Lunatic asylums Burma 1907-21 - 1907-1921
Year: 1907
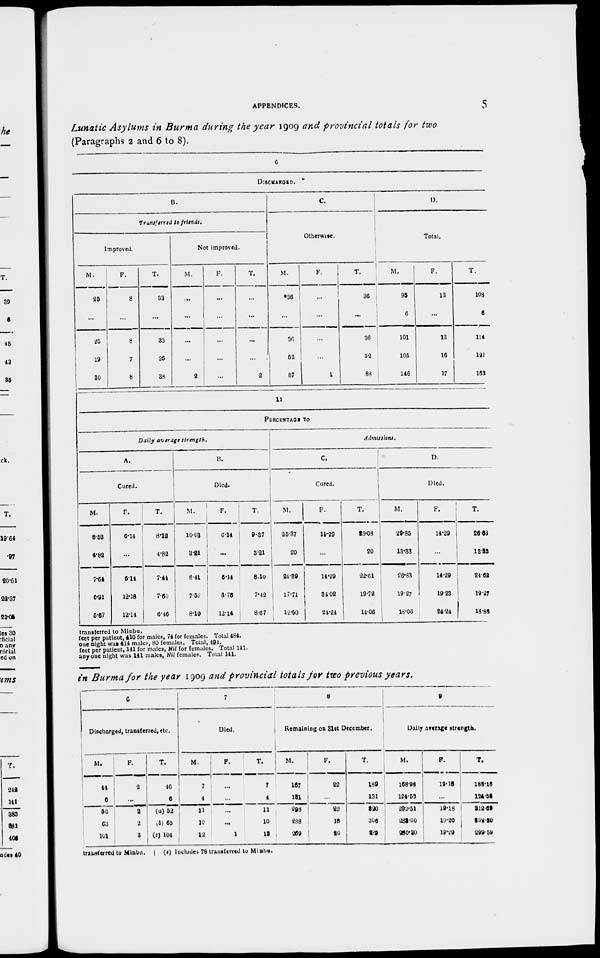
APPENDICES.
5
Lunatic Asylums in Burma during the year 1909 and provincial totals for two
(Paragraphs 2 and 6 to 8).
6
DISCHARGED.
B.
Transferred to friends.
Improved.
M.
25
...
25
19
30
F.
8
...
8
7
8
T.
33
...
33
26
38
Not improved.
M.
...
...
...
...
2
F.
...
...
...
...
...
T.
...
...
...
...
2
C.
Otherwise.
M.
*36
...
36
52
87
F.
...
...
...
...
1
T.
36
...
36
52
88
D.
Total.
M.
95
6
101
105
146
F.
13
...
13
16
17
T.
103
6
114
121
163
11
PERCENTAGE TO
Daily average strength.
A.
Cured.
M.
8.52
4.82
7.64
6.91
5.67
F.
6.14
...
6.14
12.18
12.14
T.
8.12
4.82
7.44
7.60
6.46
B.
Died.
M.
10.03
3.21
8.41
7.52
8.19
F.
6.14
...
6.14
6.76
12.14
T.
9.37
3.21
8.10
7.42
8.67
Admissions.
C.
Cured.
M.
25.37
20
24.39
17.71
12.50
F.
14.29
...
14.29
34.02
24.24
T.
23.08
20
22.61
19.72
14.06
D.
Died.
M.
29.85
13.33
26.83
19.27
18.06
F.
14.29
...
14.29
19.23
24.24
T.
26.63
13.33
24.62
19.27
18.86
transferred to Minbu.
feet per patient, 410 for males, 74 for females. Total 484.
one night was 414 males, 80 females. Total, 494.
feet per patient, 141 for males, Nil for females. Total 141.
any one night was 141 males, Nil females. Total 141.
in Burma for the year 1909 and provincial totals for two previous years.
6
Discharged, transferred, etc.
M.
44
6
50
63
101
F.
2
...
2
2
3
T.
46
6
(a) 52
(b) 65
(c) 104
7
Died.
M.
7
4
11
10
12
F.
...
...
...
...
1
T.
7
4
11
10
13
8
Remaining on 31st December.
M.
167
131
298
288
269
F.
22
...
22
18
20
T.
189
131
320
306
289
9
Daily average strength.
M.
168.98
124.53
293.51
283.00
260.30
F.
19.18
...
19.18
19.20
19.29
T.
188.16
124.56
312.59
302.20
299.59
transferred to Minbu. | (c) Includes 78 transferred to Minbu.